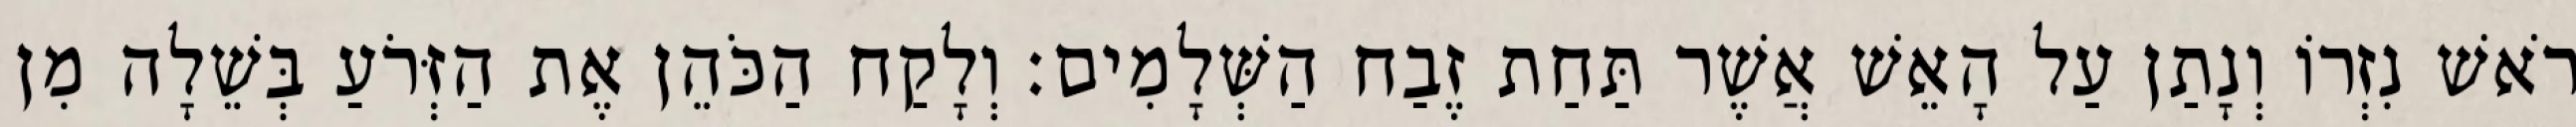
רֹאשׁ נִזְרוֹ וְנָתַן עַל הָאֵשׁ אֲשֶׁר תַּחַת זֶבַח הַשְּׁלָמִים׃ וְלָקַח הַכֹּהֵן אֶת הַזְּרֹעַ בְּשֵׁלָה מִן